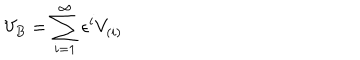
V _ { B } = \sum _ { i = 1 } ^ { \infty } \epsilon ^ { i } V _ { ( i ) }